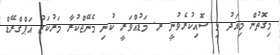
މިގޮތުން މިއަދު މި ސޮއިކުރެވުނީ ރ. މަޑުއްވަރީ ކުނި މެނޭޖްކުރާ މަރުކަޒު އަޕްގްރޭޑް